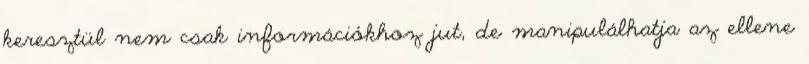
keresztül nem csak információkhoz jut, de manipulálhatja az ellene